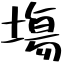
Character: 塲